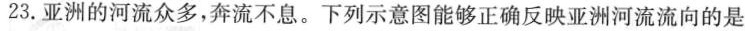
23.亚洲的河流众多，奔流不息。下列示意图能够正确反映亚洲河流流向的是